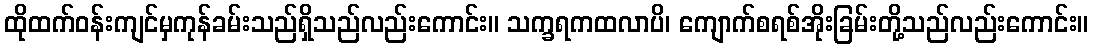
ထိုထက်ဝန်းကျင်မှကုန်ခမ်းသည်ရှိသည်လည်းကောင်း။ သက္ခရကထလာပိ၊ ကျောက်စရစ်အိုးခြမ်းတို့သည်လည်းကောင်း။